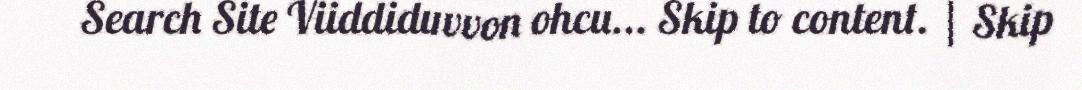
Search Site Viiddiduvvon ohcu... Skip to content. | Skip